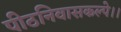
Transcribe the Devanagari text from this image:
पीठनिवासकल्पे।।